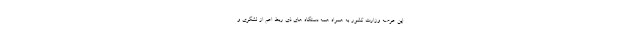
این عرصه وزارت کشور به همراه همه دستگاه های ذی ربط اعم از لشگری و